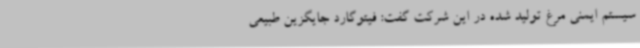
سیستم ایمنی مرغ تولید شده در این شرکت گفت: فیتوگارد جایگزین طبیعی